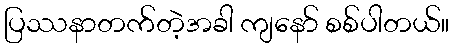
ပြဿနာတက်တဲ့အခါ ကျနော် စစ်ပါတယ်။